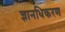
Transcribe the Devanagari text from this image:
ज्ञानधिकरण